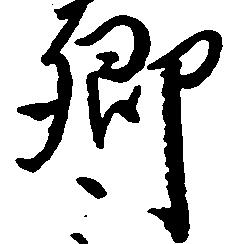
郷